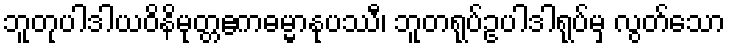
ဘူတုပါဒါယဝိနိမုတ္တဧကဓမ္မာနုပဿီ၊ ဘူတရုပ်ဥပါဒါရုပ်မှ လွတ်သော